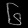
Digit: ၆